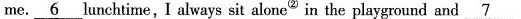
me. \underline{6} lunchtime, I always sit alone ② in the playground and \underline{7}